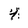
Character: 4